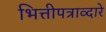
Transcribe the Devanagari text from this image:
भित्तीपत्राव्दारे